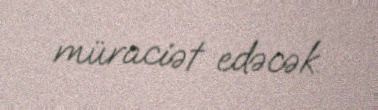
müraciət edəcək.